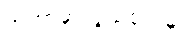
အကာအကွယ်ပေးမှု